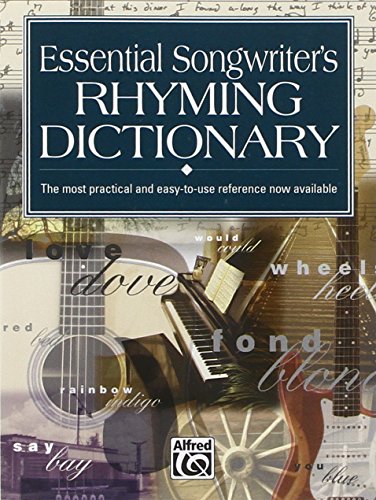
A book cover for Essential Songwriter's Rhyming Dictionary : The Most Practical and Easy-To-Use Reference Now Available  item #16637; Kevin M. Mitchell; Arts & Photography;